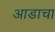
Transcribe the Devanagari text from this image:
आडाचा